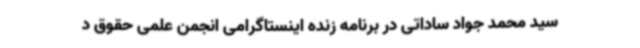
سید محمد جواد ساداتی در برنامه زنده اینستاگرامی انجمن علمی حقوق د